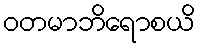
ဝတမာဘိရောစယိ